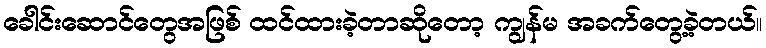
ခေါင်းဆောင်တွေအဖြစ် ထင်ထားခဲ့တာဆိုတော့ ကျွန်မ အခက်တွေ့ခဲ့တယ်။